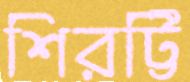
শিরট্টি